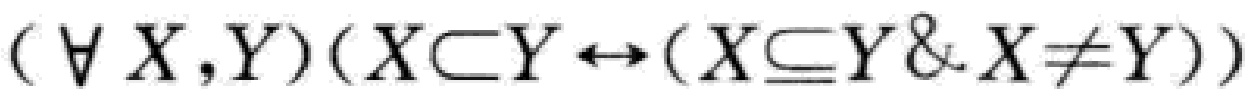
$(\forall X,Y)(X\subset Y\leftrightarrow (X\subseteq Y\& X\neq Y))$